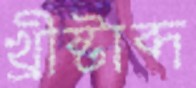
খ্রীষ্টাব্দ